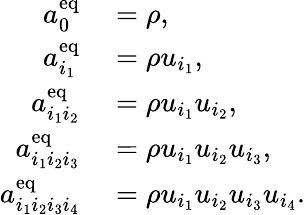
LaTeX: \begin{array}{rl}{a_{0}^{\mathrm{eq}}}&{{}=\rho,}\\ {a_{i_{1}}^{\mathrm{eq}}}&{{}=\rho u_{i_{1}},}\\ {a_{i_{1}i_{2}}^{\mathrm{eq}}}&{{}=\rho u_{i_{1}}u_{i_{2}},}\\ {a_{i_{1}i_{2}i_{3}}^{\mathrm{eq}}}&{{}=\rho u_{i_{1}}u_{i_{2}}u_{i_{3}},}\\ {a_{i_{1}i_{2}i_{3}i_{4}}^{\mathrm{eq}}}&{{}=\rho u_{i_{1}}u_{i_{2}}u_{i_{3}}u_{i_{4}}.}\end{array}